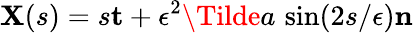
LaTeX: \mathbf{X}(s)=s\mathbf{t}+\epsilon^{2}\Tilde{a}\, \sin(2s/\epsilon)\mathbf{n}